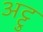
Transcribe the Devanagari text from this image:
अट्टु